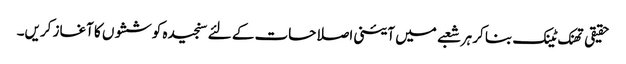
حقیقی تھنک ٹینک بنا کر ہر شعبے میں آئینی اصلاحات کے لئے سنجیدہ کوششوں کا آغاز کریں۔